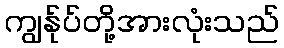
ကျွန်ုပ်တို့အားလုံးသည်